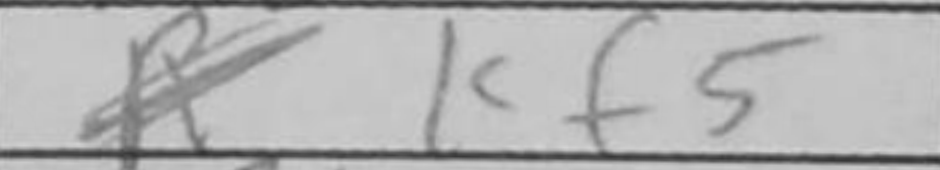
Transcription: Kf5